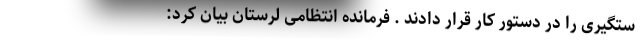
ستگیری را در دستور کار قرار دادند . فرمانده انتظامی لرستان بیان کرد: